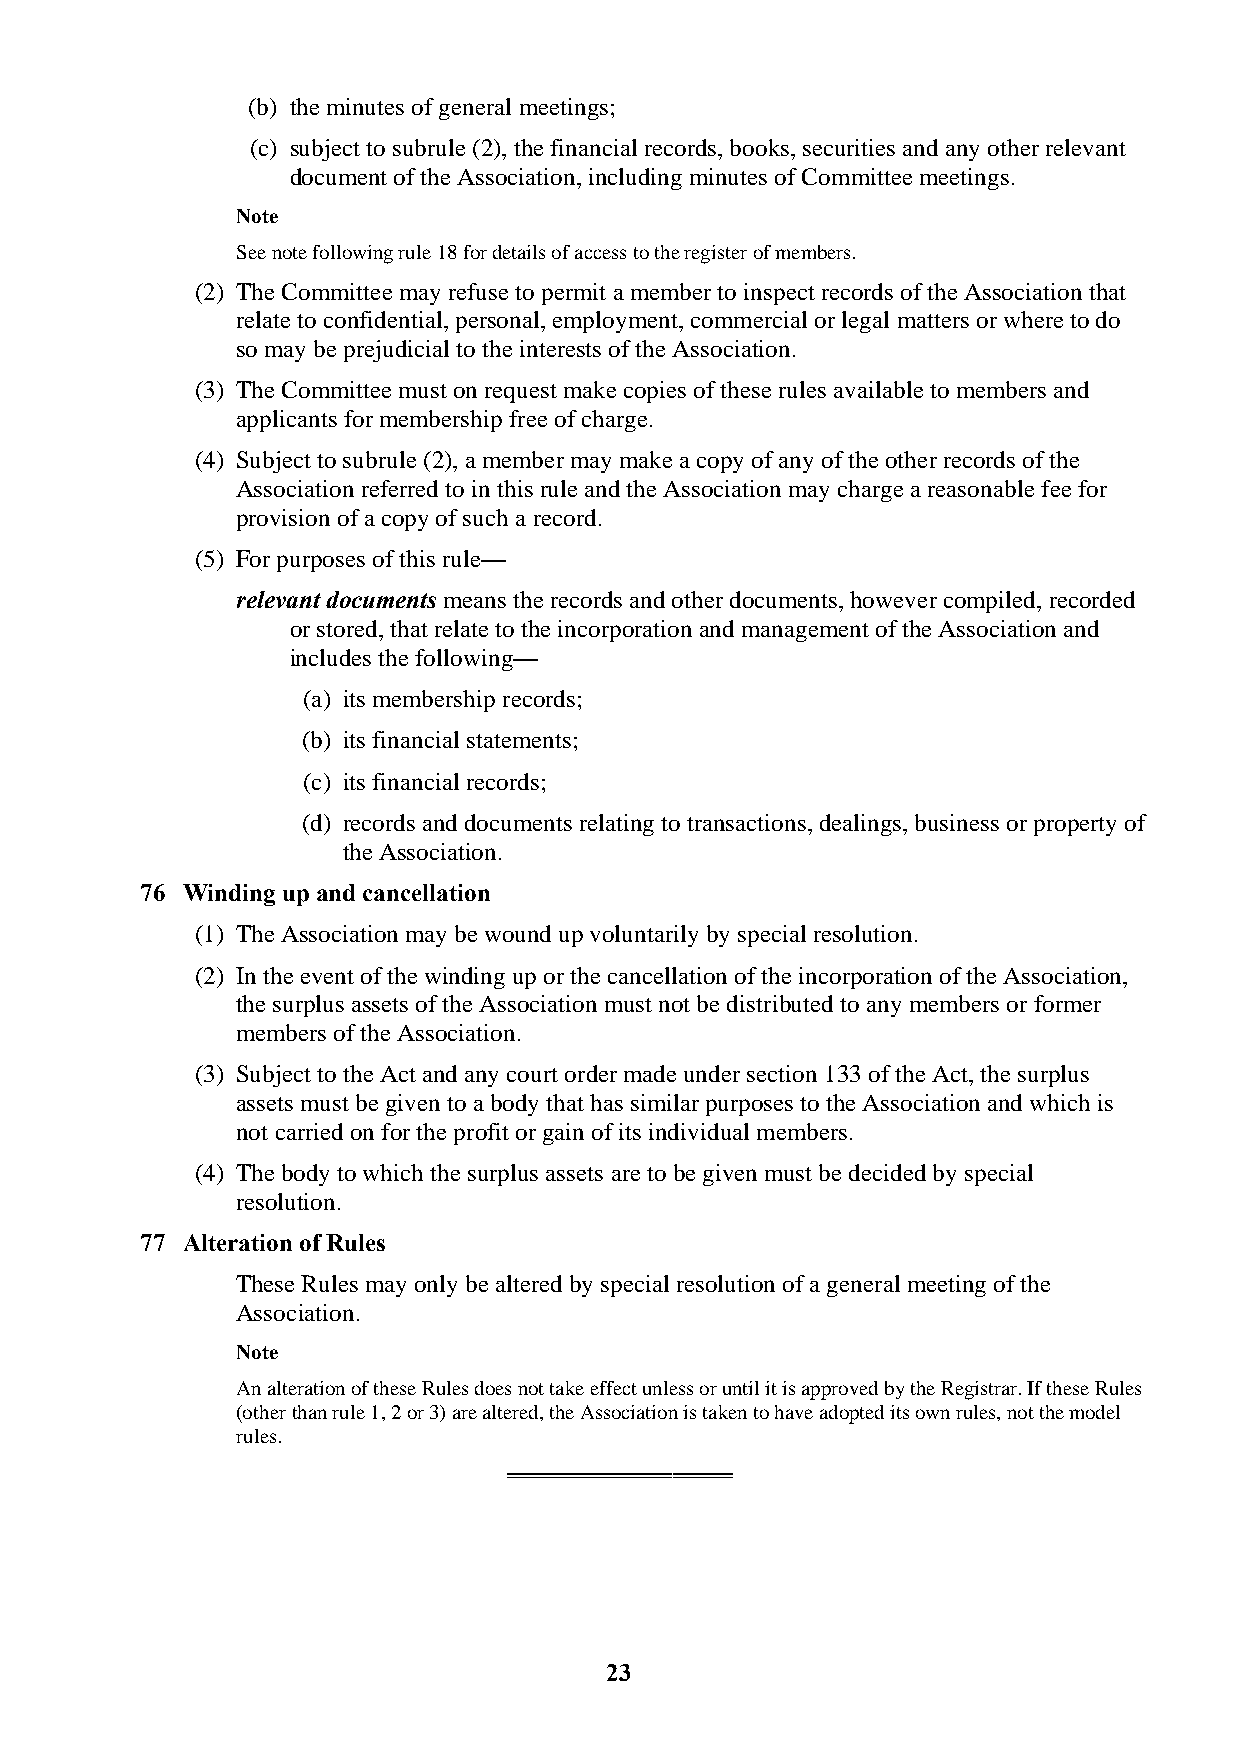
(b) the minutes of general meetings;
 (c) subject to subrule (2), the financial records, books, securities and any other relevant
 document of the Association, including minutes of Committee meetings.
 Note
 See note following rule 18 for details of access to the register of members.
 (2) The Committee may refuse to permit a member to inspect records of the Association that
 relate to confidential, personal, employment, commercial or legal matters or where to do
 so may be prejudicial to the interests of the Association.
 (3) The Committee must on request make copies of these rules available to members and
 applicants for membership free of charge.
 (4) Subject to subrule (2), a member may make a copy of any of the other records of the
 Association referred to in this rule and the Association may charge a reasonable fee for
 provision of a copy of such a record.
 (5) For purposes of this rule—
 relevant documents means the records and other documents, however compiled, recorded
 or stored, that relate to the incorporation and management of the Association and
 includes the following—
 (a) its membership records;
 (b) its financial statements;
 (c) its financial records;
 (d) records and documents relating to transactions, dealings, business or property of
 the Association.
 76 Winding up and cancellation
 (1) The Association may be wound up voluntarily by special resolution.
 (2) In the event of the winding up or the cancellation of the incorporation of the Association,
 the surplus assets of the Association must not be distributed to any members or former
 members of the Association.
 (3) Subject to the Act and any court order made under section 133 of the Act, the surplus
 assets must be given to a body that has similar purposes to the Association and which is
 not carried on for the profit or gain of its individual members.
 (4) The body to which the surplus assets are to be given must be decided by special
 resolution.
 77 Alteration of Rules
 These Rules may only be altered by special resolution of a general meeting of the
 Association.
 Note
 An alteration of these Rules does not take effect unless or until it is approved by the Registrar. If these Rules
 (other than rule 1, 2 or 3) are altered, the Association is taken to have adopted its own rules, not the model
 rules.
 ═══════════════
 23